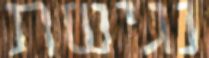
נגישת